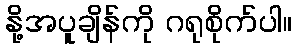
နို့အပူချိန်ကို ဂရုစိုက်ပါ။